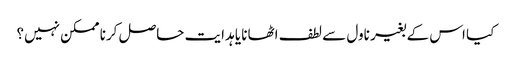
کیا اس کے بغیر ناول سے لطف اٹھانا یا ہدایت حاصل کرنا ممکن نہیں؟